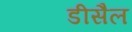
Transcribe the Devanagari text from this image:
डीसैल